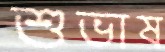
শুভাষ